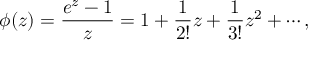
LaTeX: \phi ( z ) = { \frac { e ^ { z } - 1 } { z } } = 1 + { \frac { 1 } { 2 ! } } z + { \frac { 1 } { 3 ! } } z ^ { 2 } + \cdots ,